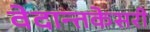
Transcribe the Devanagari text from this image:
वेदान्तकेसरी